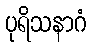
ပုရိသနာဂံ